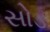
સોડ